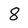
Character: 8